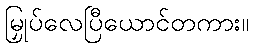
မြှုပ်လေပြီယောင်တကား။